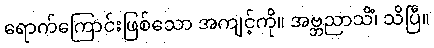
ရောက်ကြောင်းဖြစ်သော အကျင့်ကို။ အဗ္ဘညာသိံ၊ သိပြီ။